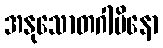
အနုသောတဂါမိနော